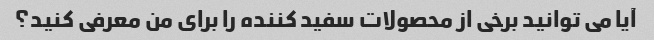
آیا می توانید برخی از محصولات سفید کننده را برای من معرفی کنید؟